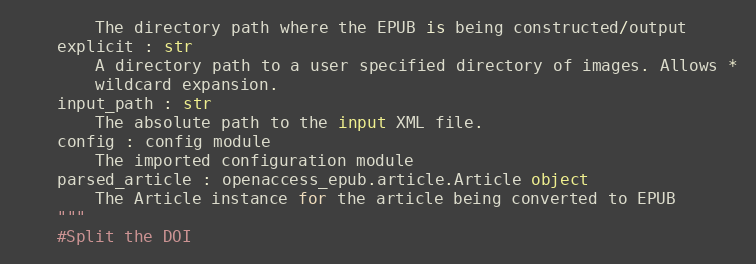
Language: Python
        The directory path where the EPUB is being constructed/output
    explicit : str
        A directory path to a user specified directory of images. Allows *
        wildcard expansion.
    input_path : str
        The absolute path to the input XML file.
    config : config module
        The imported configuration module
    parsed_article : openaccess_epub.article.Article object
        The Article instance for the article being converted to EPUB
    """
    #Split the DOI